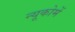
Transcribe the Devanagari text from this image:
न्यूकोमें